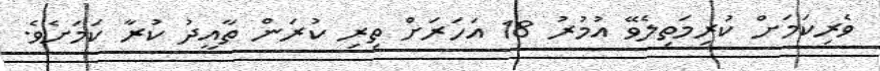
ވެރިކަމަށް ކުރިމަތިލެވޭ އުމުރު 18 އަހަރަށް ތިރި ކުރަން ތާއީދު ކުރާ ކަމަށެވެ.